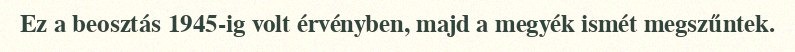
Ez a beosztás 1945-ig volt érvényben, majd a megyék ismét megszűntek.